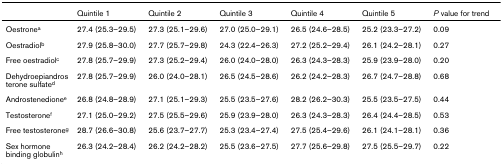
<table><thead><tr><td></td><td><b>Quintile 1</b></td><td><b>Quintile 2</b></td><td><b>Quintile 3</b></td><td><b>Quintile 4</b></td><td><b>Quintile 5</b></td><td><b><i>P </i>value for trend</b></td></tr></thead><tbody><tr><td>Oestrone<sup>a</sup></td><td>27.4 (25.3–29.5)</td><td>27.3 (25.1–29.6)</td><td>27.0 (25.0–29.1)</td><td>26.5 (24.6–28.5)</td><td>25.2 (23.3–27.2)</td><td>0.09</td></tr><tr><td>Oestradiol<sup>b</sup></td><td>27.9 (25.8–30.0)</td><td>27.7 (25.7–29.8)</td><td>24.3 (22.4–26.3)</td><td>27.2 (25.2–29.4)</td><td>26.1 (24.2–28.1)</td><td>0.27</td></tr><tr><td>Free oestradiol<sup>c</sup></td><td>27.8 (25.7–29.9)</td><td>27.3 (25.2–29.4)</td><td>26.0 (24.0–28.0)</td><td>26.3 (24.3–28.3)</td><td>25.9 (23.9–28.0)</td><td>0.20</td></tr><tr><td>Dehydroepiandrosterone sulfate<sup>d</sup></td><td>27.8 (25.7–29.9)</td><td>26.0 (24.0–28.1)</td><td>26.5 (24.5–28.6)</td><td>26.2 (24.2–28.3)</td><td>26.7 (24.7–28.8)</td><td>0.68</td></tr><tr><td>Androstenedione<sup>e</sup></td><td>26.8 (24.8–28.9)</td><td>27.1 (25.1–29.3)</td><td>25.5 (23.5–27.6)</td><td>28.2 (26.2–30.3)</td><td>25.5 (23.5–27.5)</td><td>0.44</td></tr><tr><td>Testosterone<sup>f</sup></td><td>27.1 (25.0–29.2)</td><td>27.5 (25.5–29.6)</td><td>25.9 (23.9–28.0)</td><td>26.3 (24.3–28.3)</td><td>26.4 (24.4–28.5)</td><td>0.53</td></tr><tr><td>Free testosterone<sup>g</sup></td><td>28.7 (26.6–30.8)</td><td>25.6 (23.7–27.7)</td><td>25.3 (23.4–27.4)</td><td>27.5 (25.4–29.6)</td><td>26.1 (24.1–28.1)</td><td>0.36</td></tr><tr><td>Sex hormone binding globulin<sup>h</sup></td><td>26.3 (24.2–28.4)</td><td>26.2 (24.2–28.2)</td><td>25.5 (23.6–27.5)</td><td>27.7 (25.6–29.8)</td><td>27.5 (25.5–29.7)</td><td>0.22</td></tr></tbody></table>